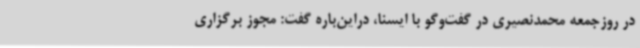
در روزجمعه محمدنصیری در گفت‌وگو با ایسنا، دراین‌باره گفت: مجوز برگزاری